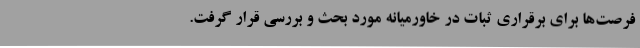
فرصت‌ها برای برقراری ثبات در خاورمیانه مورد بحث و بررسی قرار گرفت.